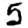
Digit: 5